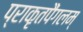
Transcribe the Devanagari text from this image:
प्राकृतपैंगलम्